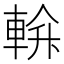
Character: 𨌝